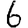
Digit: 6